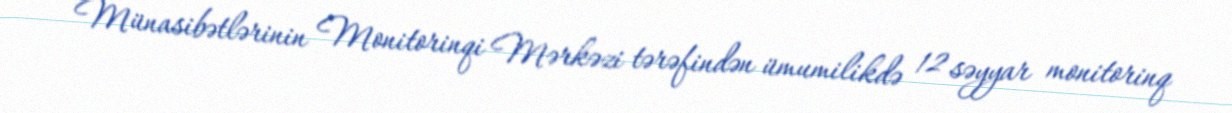
Münasibətlərinin Monitorinqi Mərkəzi tərəfindən ümumilikdə 12 səyyar monitorinq